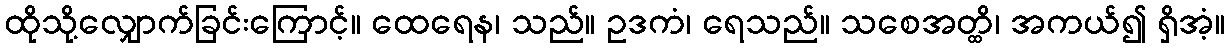
ထိုသို့လျှောက်ခြင်းကြောင့်။ ထေရေန၊ သည်။ ဥဒကံ၊ ရေသည်။ သစေအတ္ထိ၊ အကယ်၍ ရှိအံ့။